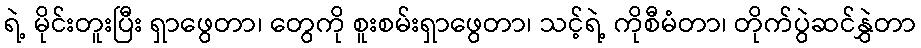
ရဲ့ မိုင်းတူးပြီး ရှာဖွေတာ၊ တွေကို စူးစမ်းရှာဖွေတာ၊ သင့်ရဲ့ ကိုစီမံတာ၊ တိုက်ပွဲဆင်နွှဲတာ